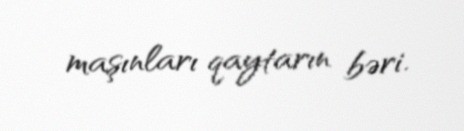
maşınları qaytarın bəri.